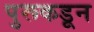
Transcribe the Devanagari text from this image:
पुरूकडून